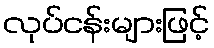
လုပ်ငန်းများဖြင့်